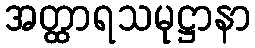
အတ္ထာရသမုဋ္ဌာနာ